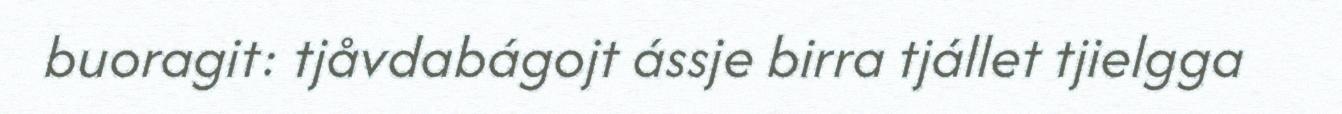
buoragit: tjåvdabágojt ássje birra tjállet tjielgga